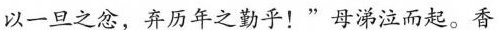
以一旦之忿，弃历年之勤乎！”母涕泣而起。香